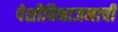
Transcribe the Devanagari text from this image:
पेशीविभाजनाची